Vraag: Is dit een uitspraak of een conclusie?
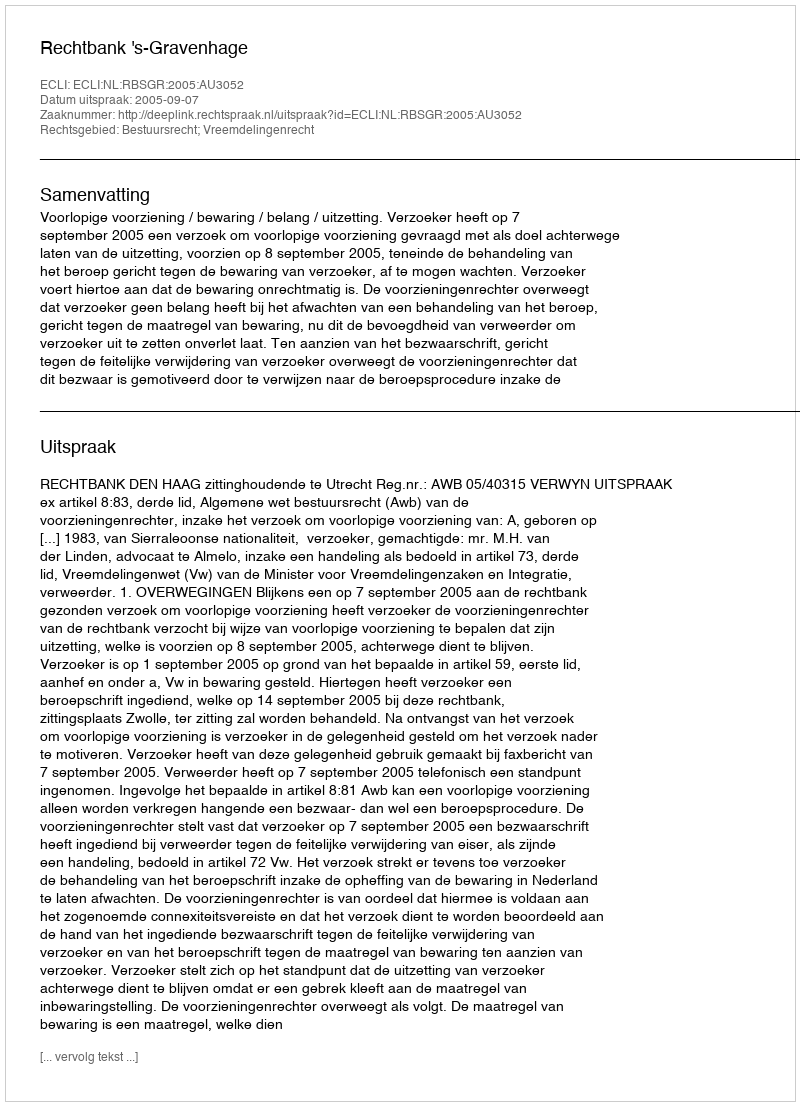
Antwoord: Uitspraak